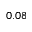
0 . 0 8